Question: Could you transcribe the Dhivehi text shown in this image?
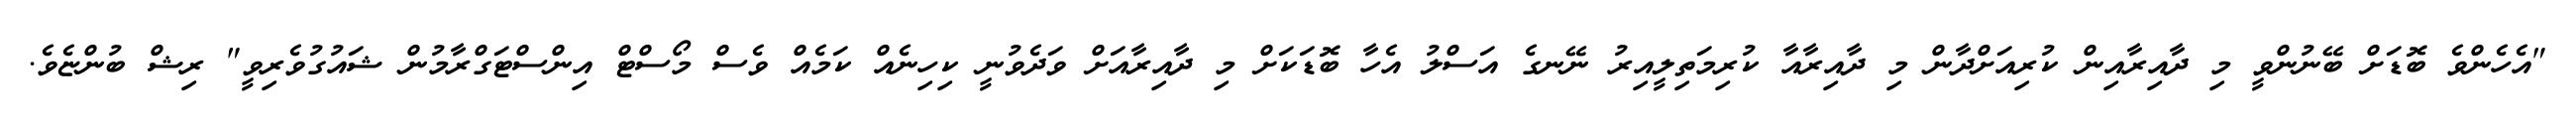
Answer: "އެހެންވެ ބޮޑަށް ބޭނުންވީ މި ދާއިރާއިން ކުރިއަށްދާން މި ދާއިރާއާ ކުރިމަތިލީއިރު ނޭނގެ އަސްލު އެހާ ބޮޑަކަށް މި ދާއިރާއަށް ވަދެވުނީ ކިހިނެއް ކަމެއް ވެސް މޯސްޓް އިންސްޓަގްރާމުން ޝައުގުވެރިވީ" ރިޝް ބުންޏެވެ.